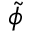
\tilde { \phi }